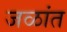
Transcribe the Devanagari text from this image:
जळांत